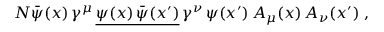
N { \bar { \psi } } ( x ) \, \gamma ^ { \mu } \, { \underline { { \psi ( x ) \, { \bar { \psi } } ( x ^ { \prime } ) } } } \, \gamma ^ { \nu } \, \psi ( x ^ { \prime } ) \, A _ { \mu } ( x ) \, A _ { \nu } ( x ^ { \prime } ) \; ,